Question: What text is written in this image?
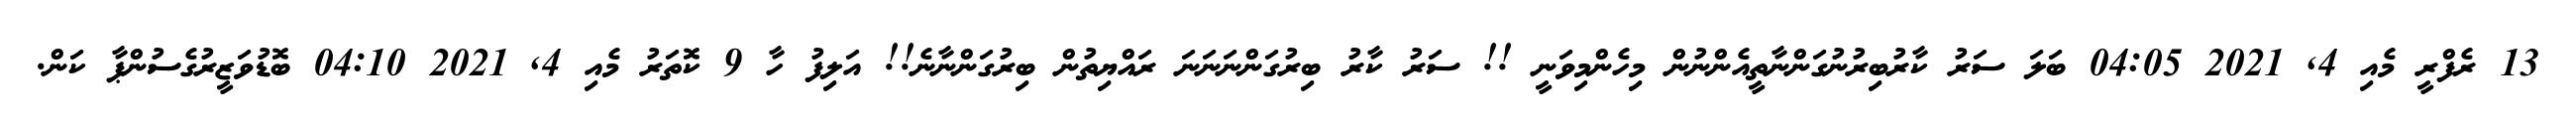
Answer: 13 ރެފްރީ މެއި 4, 2021 04:05 ބަލަ ސަރު ކާރުބިރުނުގަންނާތީއެންނުން މިހެންމިވަނީ !! ސަރު ކާރު ބިރުގަންނަނަނަ ރައްޔިތުން ބިރުގަންނާނެ!! އަލިފު ހާ 9 ކޮތަރު މެއި 4, 2021 04:10 ބޮޑުވަޒީރުގެސުންޕާ ކަން.